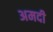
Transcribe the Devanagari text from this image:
अमदी